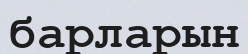
барларын